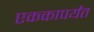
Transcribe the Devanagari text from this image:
एककापर्यंत